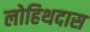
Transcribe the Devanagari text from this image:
लोहिथदास